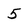
Character: 5